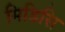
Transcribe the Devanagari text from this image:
मिडिसि